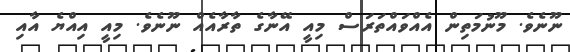
ނޫނެވެ. މޫނުމަތިން އެއްވައްތަރަސް މިއީ އޭނާގެ ތާރާއެއް ނޫނެވެ. މިއީ އިއްޔެ އާއި